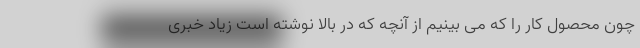
چون محصول کار را که می بینیم از آنچه که در بالا نوشته است زیاد خبری